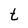
Character: t